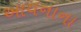
આયનાના